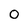
Character: 0